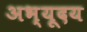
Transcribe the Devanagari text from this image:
अभ्यूदय